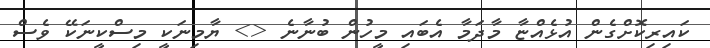
ކައިރިކޮށްގެން އުޅެއްޏާ މާދަމާ އެބައި މީހުން ބުނާނެ <> ޔާމިނަކީ މިސްކީނަކޭ ވެސް